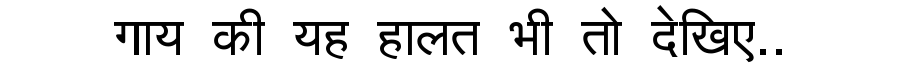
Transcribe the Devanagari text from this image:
गाय की यह हालत भी तो देखिए..